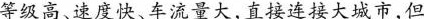
等级高、速度快、车流量大，直接连接大城市，但